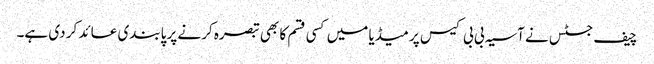
چیف جسٹس نے آسیہ بی بی کیس پر میڈیا میں کسی قسم کا بھی تبصرہ کرنے پر پابندی عائد کر دی ہے۔